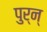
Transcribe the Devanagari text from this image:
पुर्न्